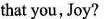
that you, Joy'？